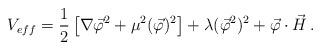
LaTeX: \begin{align*}V_{eff}=\frac{1}{2}\left[ \nabla\vec{\varphi }^{2}+\mu^{2}(\vec{\varphi })^{2}\right] +\lambda(\vec{\varphi }^{2})^{2}+\vec{\varphi}\cdot \vec{H}\, .\end{align*}